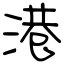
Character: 港